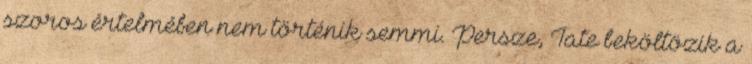
szoros értelmében nem történik semmi. Persze, Tate beköltözik a